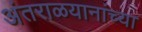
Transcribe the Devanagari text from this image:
अंतराळयानांच्या